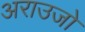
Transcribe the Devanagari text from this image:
अराउजो